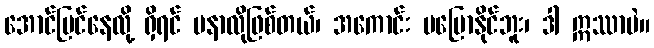
အောင်မြင်နေလို့ ရှိရင် မနာလိုဖြစ်တယ်၊ အကောင်း မပြောနိုင်ဘူး၊ ဒါ ဣဿာပဲ။